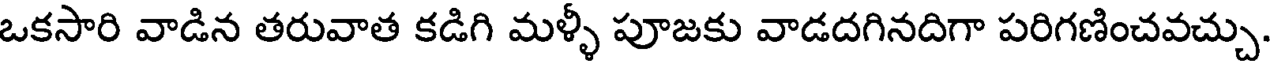
ఒకసారి వాడిన తరువాత కడిగి మళ్ళీ పూజకు వాడదగినదిగా పరిగణించవచ్చు